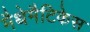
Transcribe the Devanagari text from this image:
मैथेमैटिकेस